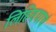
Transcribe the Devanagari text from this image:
लिहिण्याचं